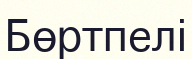
Бөртпелі